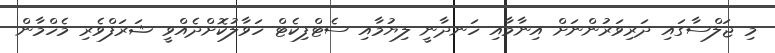
މި ޖަލްސާގައި ދަރިވަރުންނަށް އިނާމާއި ހަނދާނީ ލިޔުމާއި ސެޓްފިކެޓް ހަވާލުކޮށްދެއްވީ ޝަރަފްވެރި މެހްމާން